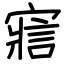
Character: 寣